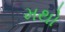
મથો